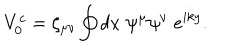
V _ { 0 } ^ { c } = \zeta _ { \mu \nu } \oint d x \; \psi ^ { \mu } \psi ^ { \nu } \; e ^ { i k y } .